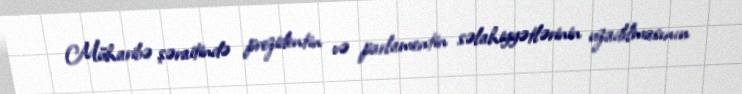
Müharibə şəraitində prezidentin və parlamentin səlahiyyətlərinin uzadılmasının